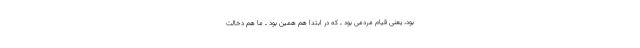
بود، یعنی قیام مردمی بود ـ که در ابتدا هم همین بود ـ ما هم دخالت